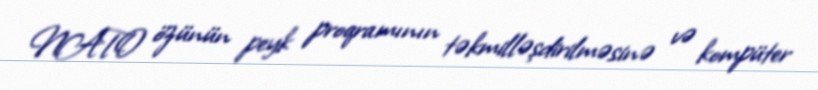
NATO özünün peyk proqramının təkmilləşdirilməsinə və kompüter